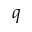
q